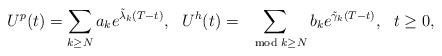
LaTeX: \begin{align*}U^p(t)=\sum_{k\geq N}a_ke^{\tilde{\lambda}_k(T-t)},\ \ U^h(t)=\sum_{\mod{k}\geq N}b_ke^{\tilde{\gamma}_k(T-t)},\ \ t\geq0,\end{align*}